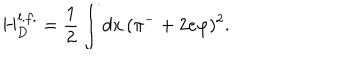
LaTeX: H _ { D } ^ { l . f . } = \frac { 1 } { 2 } \int d x \, ( \pi ^ { - } + 2 e \varphi ) ^ { 2 } .